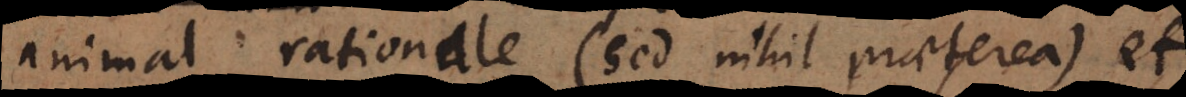
animal rationale (sed nihil praeterea) et